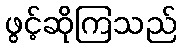
ဖွင့်ဆိုကြသည်